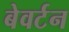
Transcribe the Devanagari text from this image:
बेवर्टन